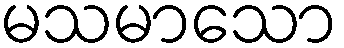
မသမာသော